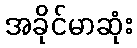
အခိုင်မာဆုံး